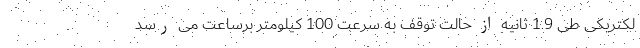
لکتریکی طی 1.9 ثانیه از حالت توقف به سرعت 100 کیلومتر برساعت می رسد